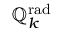
\mathbb { Q } _ { k } ^ { \mathrm { r a d } }